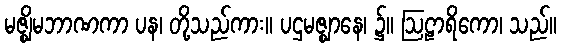
မဇ္ဈိမဘာဏကာ ပန၊ တို့သည်ကား။ ပဌမဇ္ဈာနေ၊ ၌။ ဩဠာရိကော၊ သည်။